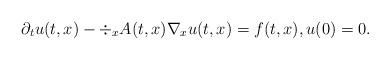
LaTeX: \begin{align*}\partial_t u(t,x) - \div_x A(t,x) \nabla_x u(t,x) = f(t, x), u(0)=0.\end{align*}